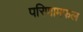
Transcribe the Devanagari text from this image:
परिणामफल